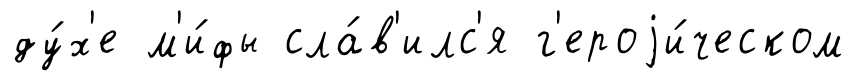
ду́х'е м'и́фы сла́в'илс'я г'ероjи́ческом